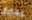
يحترق